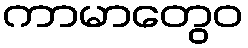
ကာမာတွေဝ